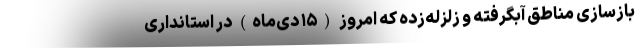
بازسازی مناطق آبگرفته و زلزله‌زده که امروز (۱۵ دی‌ماه) در استانداری